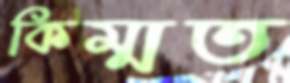
কিম্মত